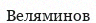
Веляминов